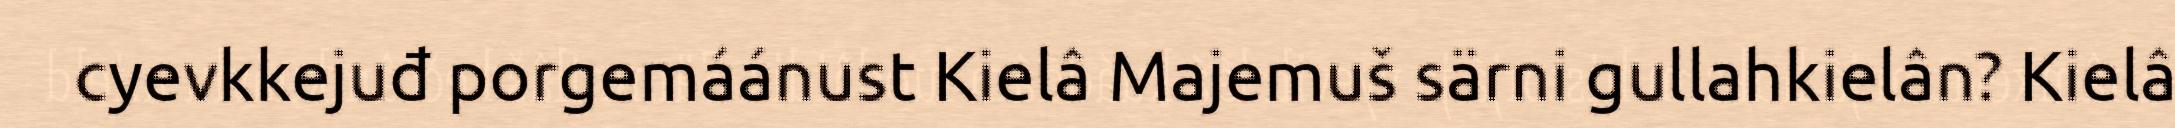
cyevkkejuđ porgemáánust Kielâ Majemuš särni gullahkielân? Kielâ